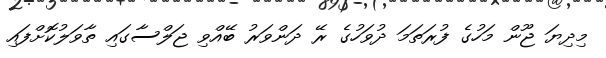
މިދިޔަ ޖޫން މަހުގެ ފުރަތަމަ ދުވަހުގެ ރޭ ދަންވަރު ބޭއްވި ޖަލްސާގައި ތާވަލުކޮށްފައި